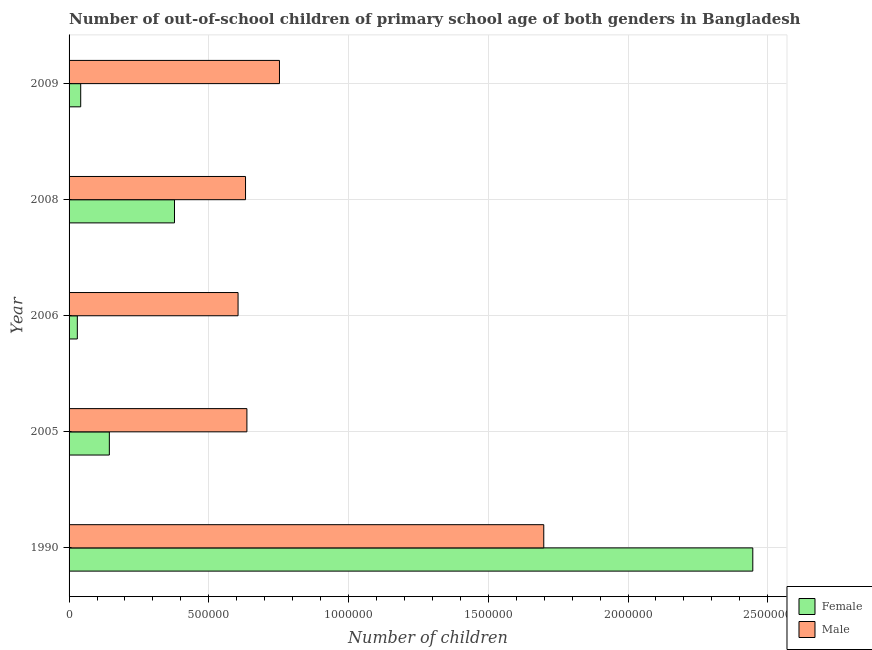
| Year | Female | Male |
 | --- | --- | --- |
 | 1990 | 2.45e+06 | 1.7e+06 |
 | 2005 | 1.44e+05 | 6.36e+05 |
 | 2006 | 2.95e+04 | 6.05e+05 |
 | 2008 | 3.77e+05 | 6.31e+05 |
 | 2009 | 4.16e+04 | 7.53e+05 |